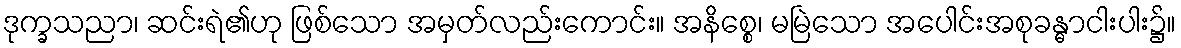
ဒုက္ခသညာ၊ ဆင်းရဲ၏ဟု ဖြစ်သော အမှတ်လည်းကောင်း။ အနိစ္စေ၊ မမြဲသော အပေါင်းအစုခန္ဓာငါးပါး၌။